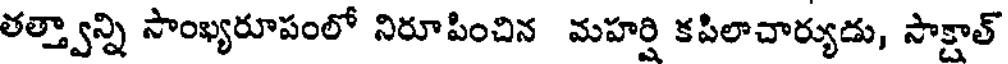
తత్త్వాన్ని సాంఖ్యరూపంలో నిరూపించిన మహర్షి కపిలాచార్యుడు, సాక్షాత్